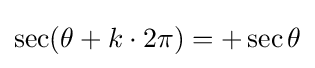
\sec(\theta +k\cdot 2\pi )=+\sec \theta